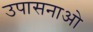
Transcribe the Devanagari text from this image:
उपासनाओ